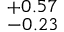
^ { + 0 . 5 7 } _ { - 0 . 2 3 }